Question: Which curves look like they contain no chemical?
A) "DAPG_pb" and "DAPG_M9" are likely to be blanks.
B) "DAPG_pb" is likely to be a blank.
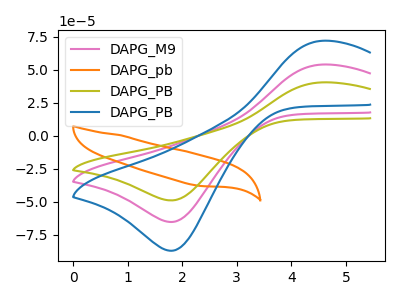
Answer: <think>The pink curve "DAPG_M9" has an anodic peak at (4.55V, 53.75uA) and a cathodic peak at (1.80V, -65.15uA). The orange curve "DAPG_pb" has no peaks. The olive curve "DAPG_PB" has an anodic peak at (4.55V, 40.30uA) and a cathodic peak at (1.80V, -48.85uA). The blue curve "DAPG_PB" has an anodic peak at (4.55V, 107.50uA) and a cathodic peak at (1.80V, -130.30uA).</think>
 <answer>B) "DAPG_pb" is likely to be a blank.</answer>
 <eval>B</eval>